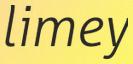
limey